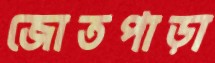
জোতপাড়া